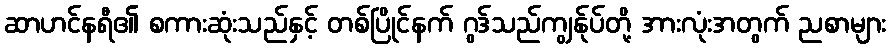
ဆာဟင်နရီ၏ စကားဆုံးသည်နှင့် တစ်ပြိုင်နက် ဂွဒ်သည်ကျွန်ုပ်တို့ အားလုံးအတွက် ညစာများ